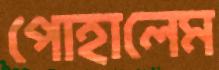
পোহালেম